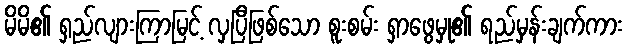
မိမိ၏ ရှည်လျားကြာမြင့် လှပြီဖြစ်သော စူးစမ်း ရှာဖွေမှု၏ ရည်မှန်းချက်ကား